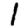
Digit: 1